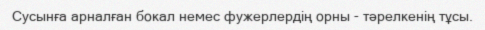
Сусынға арналған бокал немес фужерлердің орны - тәрелкенің тұсы.